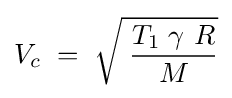
V_{c}\;=\;{\sqrt {\;{\frac {T_{1}\;\gamma \ R}{M}}}}